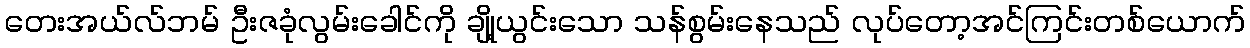
တေးအယ်လ်ဘမ် ဦးဇခုံလွမ်းခေါင်ကို ချို့ယွင်းသော သန်စွမ်းနေသည် လုပ်တော့အင်ကြင်းတစ်ယောက်